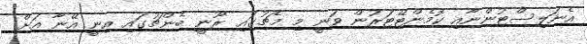
އެނަލިސްޓުންނާއި ކޮމެންޓޭޓަރުން ވަނީ މި މެޗުގައި ރޫނީ ބެންޗުގައި އިނީ އޭނާ އަށް